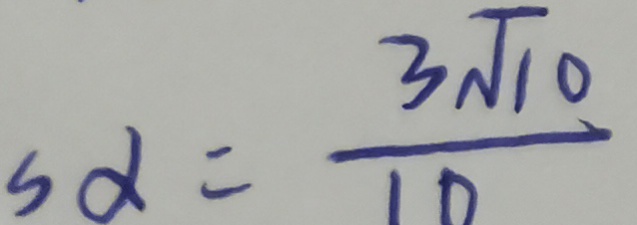
s \alpha = \frac { 3 \sqrt { 1 0 } } { 1 0 }